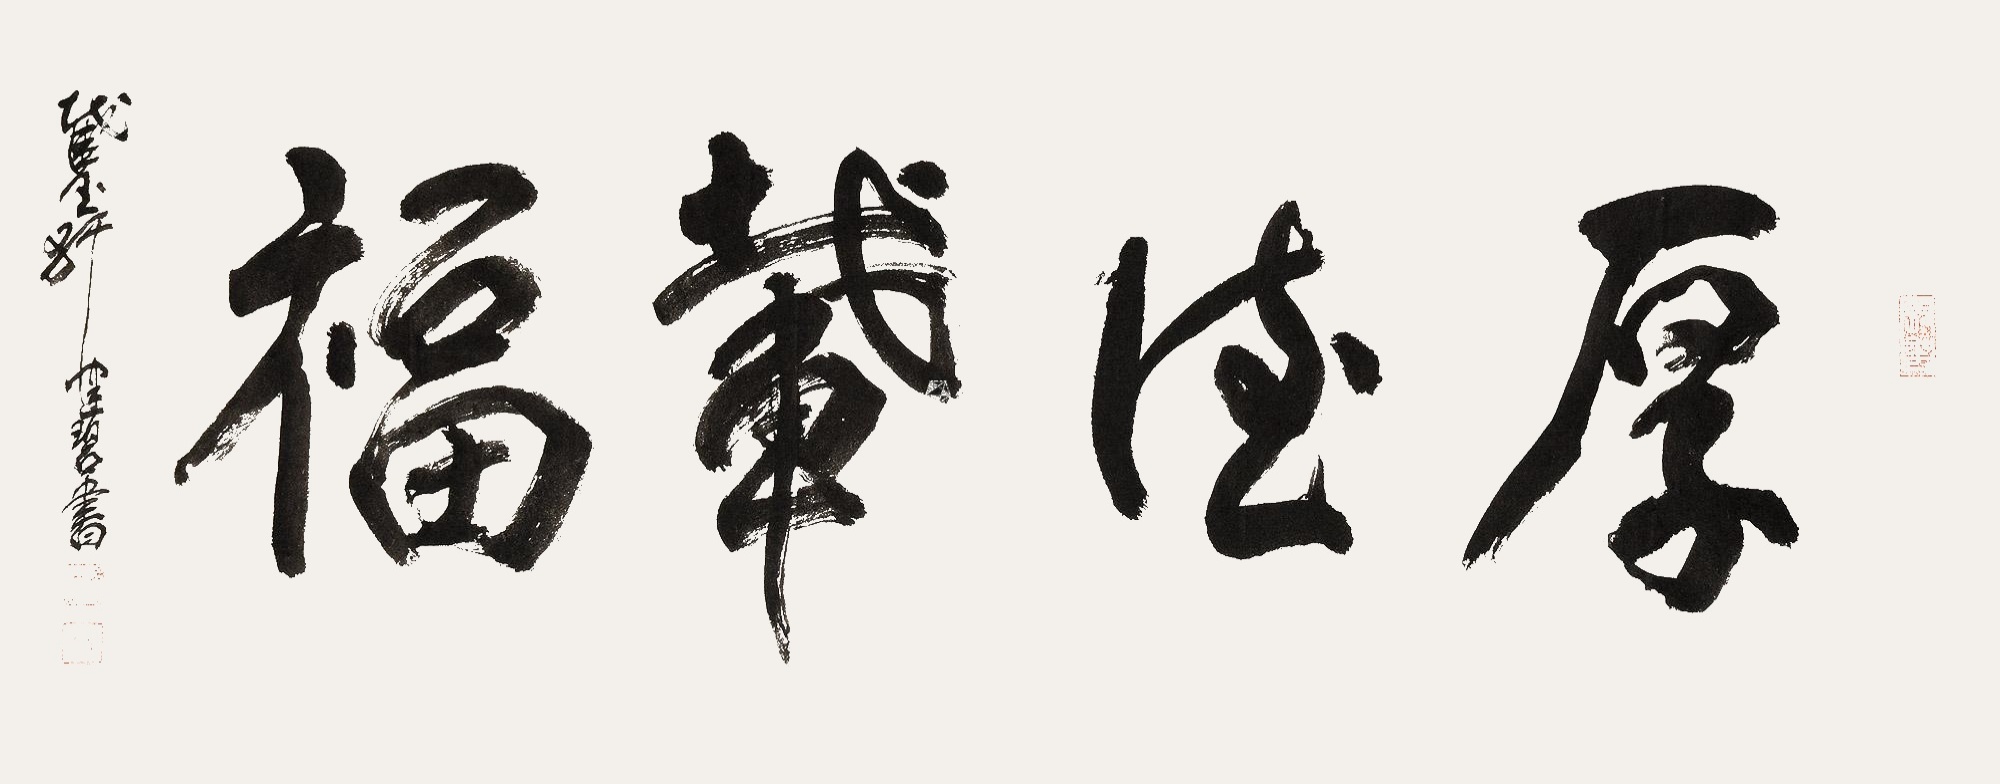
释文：厚德载福。截玉轩健碧书。